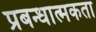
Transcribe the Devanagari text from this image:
प्रबन्धात्मकता